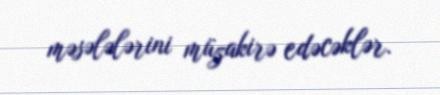
məsələlərini müzakirə edəcəklər.